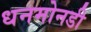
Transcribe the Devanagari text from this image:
धनमोनडी